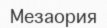
Мезаория